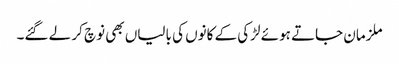
ملزمان جاتے ہوئے لڑکی کے کانوں کی بالیاں بھی نوچ کر لے گئے۔